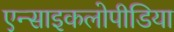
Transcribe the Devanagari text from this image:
एन्साइकलोपीडिया